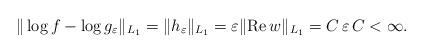
LaTeX: \begin{align*} \|\log f - \log g_\varepsilon\|_{L_1} = \|h_\varepsilon\|_{L_1} = \varepsilon \|\mbox{Re}\, w\|_{L_1} =C\, \varepsilon\, C<\infty.\end{align*}